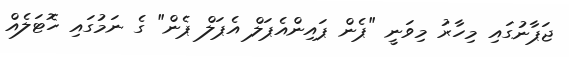
ޖަޕާނުގައި މިހާރު މިވަނީ "ޕެން ޕައިންއެޕަލް އެޕަލް ޕެން" ގެ ނަމުގައި ހޮޓަލެއް